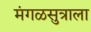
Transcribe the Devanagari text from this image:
मंगळसुत्राला